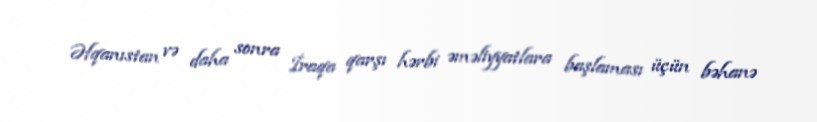
Əfqanıstan və daha sonra İraqa qarşı hərbi əməliyyatlara başlaması üçün bəhanə